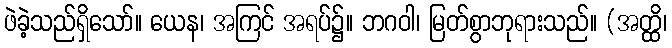
ဖဲခဲ့သည်ရှိသော်။ ယေန၊ အကြင် အရပ်၌။ ဘဂဝါ၊ မြတ်စွာဘုရားသည်။ (အတ္ထိ၊